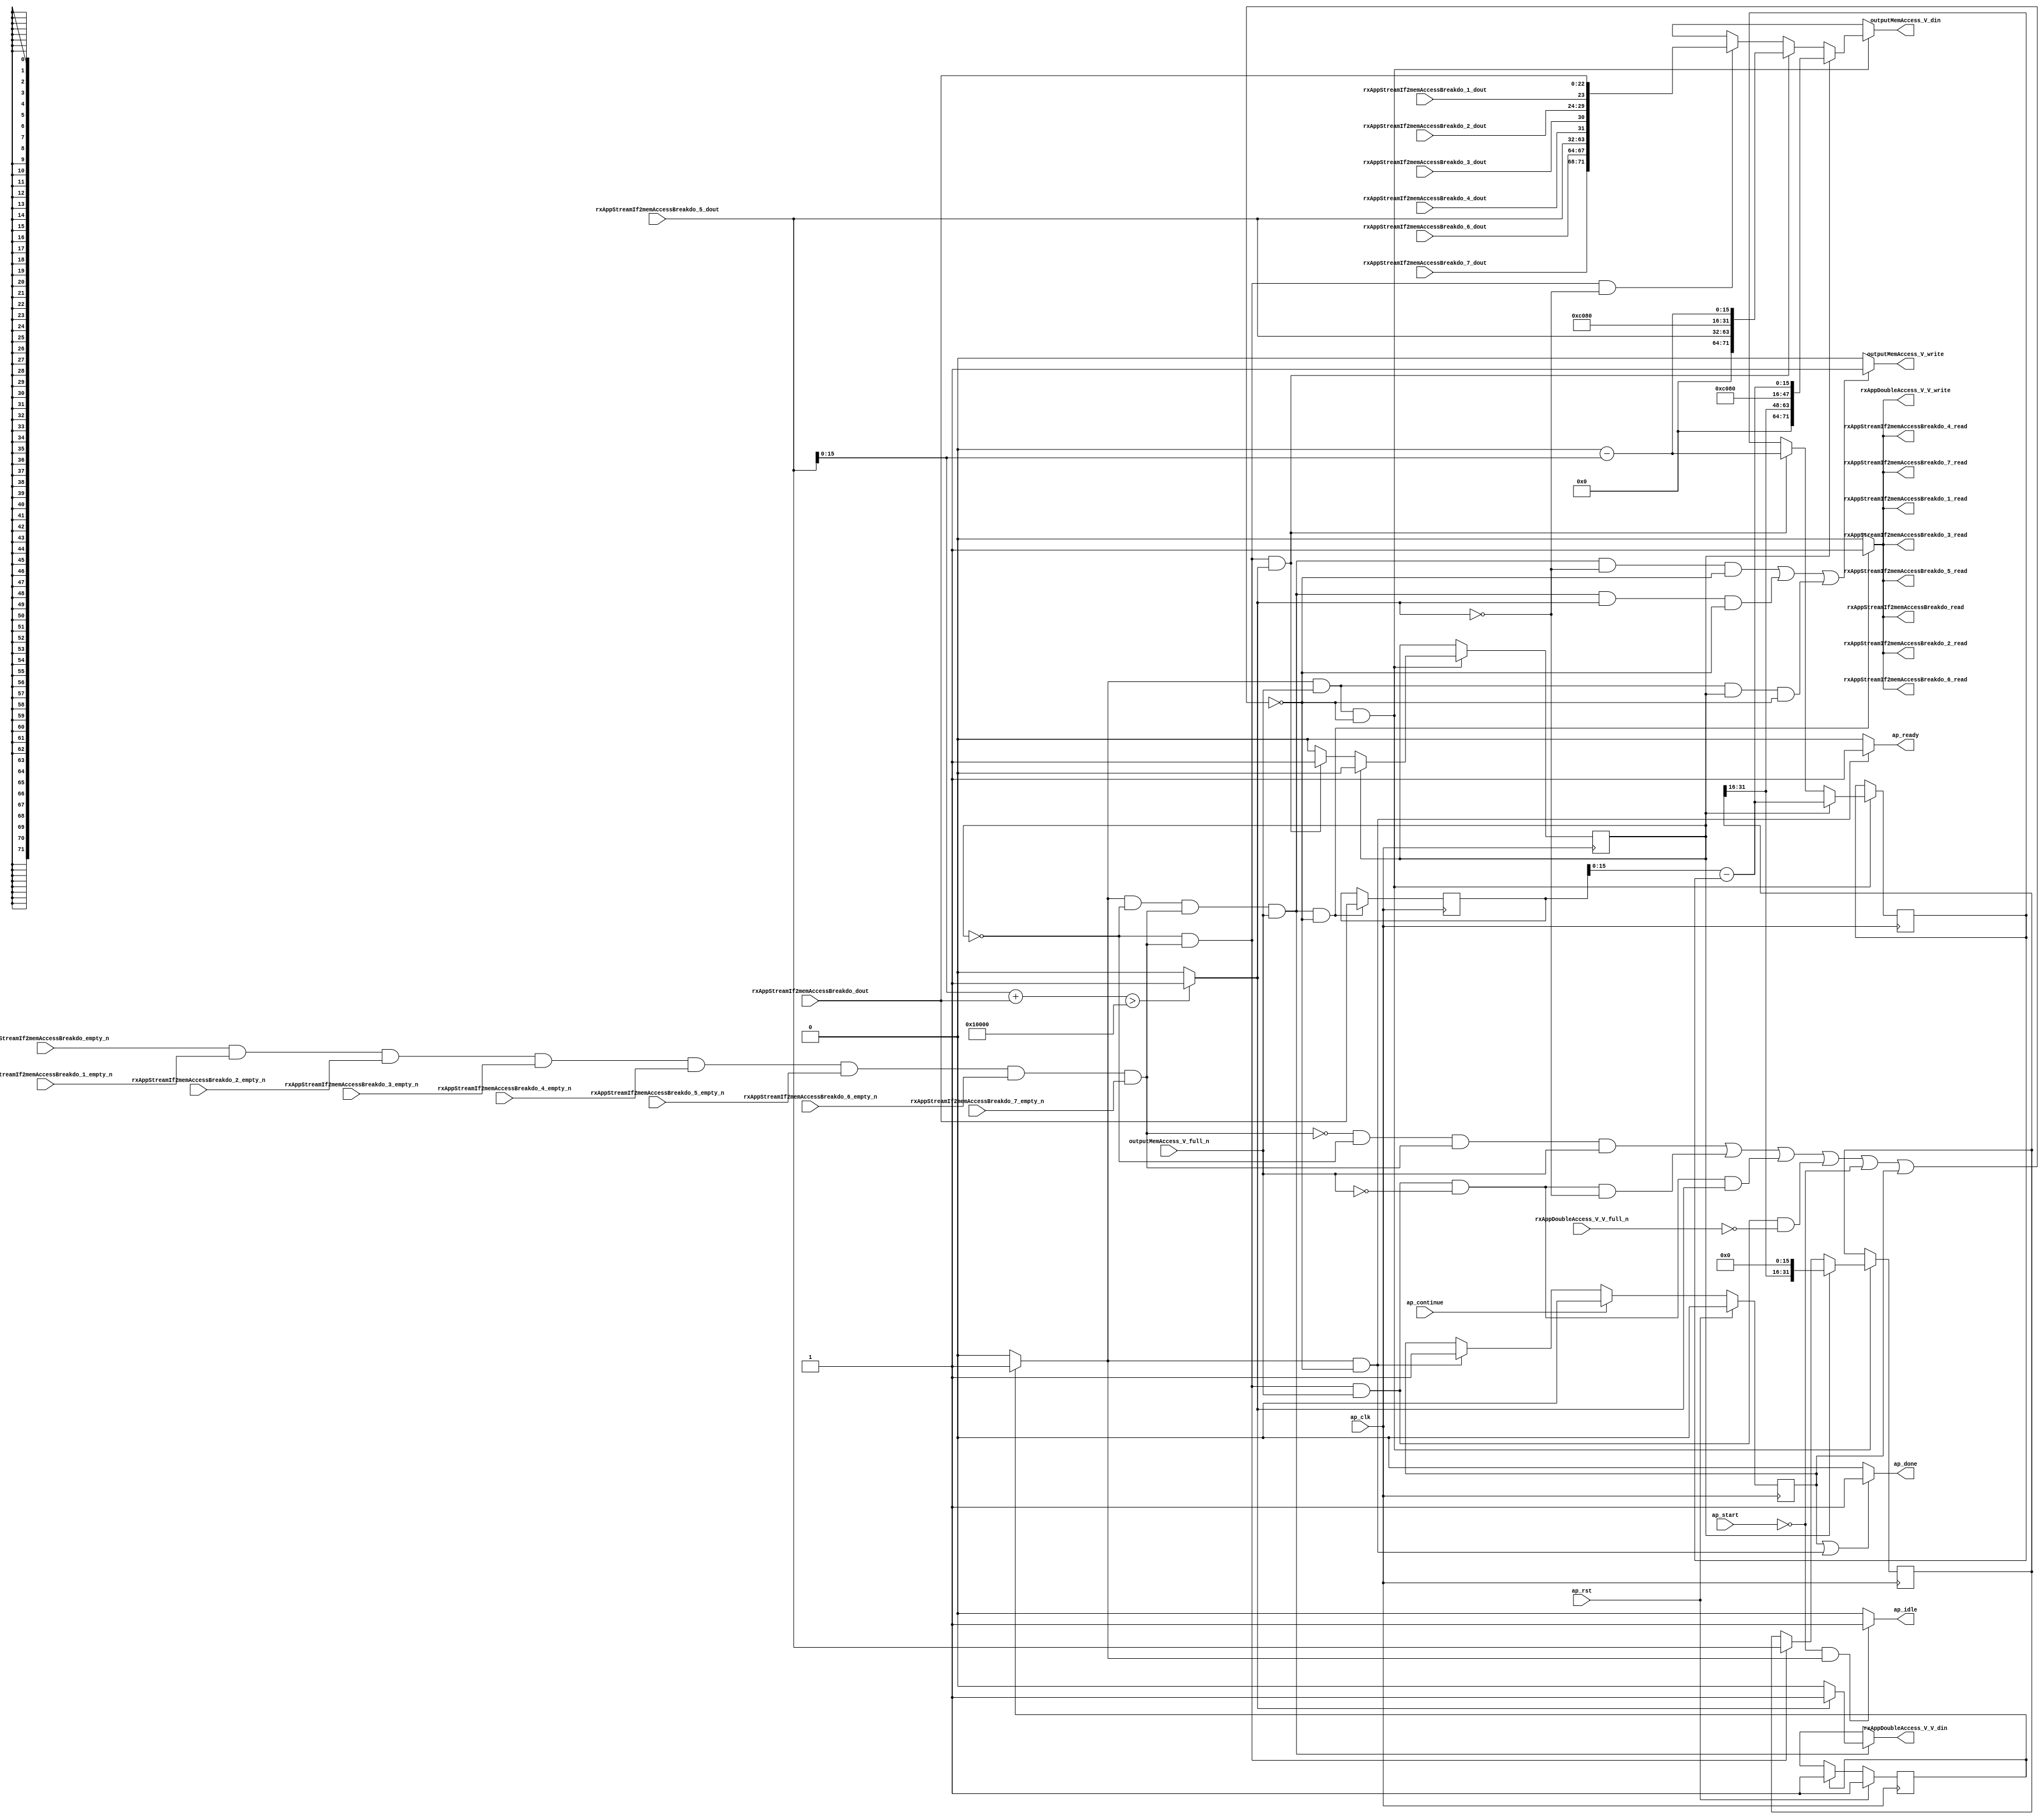
// ==============================================================
// RTL generated by Vivado(TM) HLS - High-Level Synthesis from C, C++ and SystemC
// Version: 2015.1
// Copyright (C) 2015 Xilinx Inc. All rights reserved.
// 
// ===========================================================

`timescale 1 ns / 1 ps 

module toe_rxAppMemAccessBreakdown (
        ap_clk,
        ap_rst,
        ap_start,
        ap_done,
        ap_continue,
        ap_idle,
        ap_ready,
        outputMemAccess_V_din,
        outputMemAccess_V_full_n,
        outputMemAccess_V_write,
        rxAppStreamIf2memAccessBreakdo_dout,
        rxAppStreamIf2memAccessBreakdo_empty_n,
        rxAppStreamIf2memAccessBreakdo_read,
        rxAppStreamIf2memAccessBreakdo_1_dout,
        rxAppStreamIf2memAccessBreakdo_1_empty_n,
        rxAppStreamIf2memAccessBreakdo_1_read,
        rxAppStreamIf2memAccessBreakdo_2_dout,
        rxAppStreamIf2memAccessBreakdo_2_empty_n,
        rxAppStreamIf2memAccessBreakdo_2_read,
        rxAppStreamIf2memAccessBreakdo_3_dout,
        rxAppStreamIf2memAccessBreakdo_3_empty_n,
        rxAppStreamIf2memAccessBreakdo_3_read,
        rxAppStreamIf2memAccessBreakdo_4_dout,
        rxAppStreamIf2memAccessBreakdo_4_empty_n,
        rxAppStreamIf2memAccessBreakdo_4_read,
        rxAppStreamIf2memAccessBreakdo_5_dout,
        rxAppStreamIf2memAccessBreakdo_5_empty_n,
        rxAppStreamIf2memAccessBreakdo_5_read,
        rxAppStreamIf2memAccessBreakdo_6_dout,
        rxAppStreamIf2memAccessBreakdo_6_empty_n,
        rxAppStreamIf2memAccessBreakdo_6_read,
        rxAppStreamIf2memAccessBreakdo_7_dout,
        rxAppStreamIf2memAccessBreakdo_7_empty_n,
        rxAppStreamIf2memAccessBreakdo_7_read,
        rxAppDoubleAccess_V_V_din,
        rxAppDoubleAccess_V_V_full_n,
        rxAppDoubleAccess_V_V_write
);

parameter    ap_const_logic_1 = 1'b1;
parameter    ap_const_logic_0 = 1'b0;
parameter    ap_ST_st1_fsm_0 = 1'b1;
parameter    ap_const_lv32_0 = 32'b00000000000000000000000000000000;
parameter    ap_const_lv1_1 = 1'b1;
parameter    ap_const_lv1_0 = 1'b0;
parameter    ap_const_lv16_0 = 16'b0000000000000000;
parameter    ap_const_lv24_10000 = 24'b10000000000000000;
parameter    ap_const_lv8_0 = 8'b00000000;
parameter    ap_const_lv9_181 = 9'b110000001;
parameter    ap_const_lv32_F = 32'b1111;
parameter    ap_true = 1'b1;

input   ap_clk;
input   ap_rst;
input   ap_start;
output   ap_done;
input   ap_continue;
output   ap_idle;
output   ap_ready;
output  [71:0] outputMemAccess_V_din;
input   outputMemAccess_V_full_n;
output   outputMemAccess_V_write;
input  [22:0] rxAppStreamIf2memAccessBreakdo_dout;
input   rxAppStreamIf2memAccessBreakdo_empty_n;
output   rxAppStreamIf2memAccessBreakdo_read;
input  [0:0] rxAppStreamIf2memAccessBreakdo_1_dout;
input   rxAppStreamIf2memAccessBreakdo_1_empty_n;
output   rxAppStreamIf2memAccessBreakdo_1_read;
input  [5:0] rxAppStreamIf2memAccessBreakdo_2_dout;
input   rxAppStreamIf2memAccessBreakdo_2_empty_n;
output   rxAppStreamIf2memAccessBreakdo_2_read;
input  [0:0] rxAppStreamIf2memAccessBreakdo_3_dout;
input   rxAppStreamIf2memAccessBreakdo_3_empty_n;
output   rxAppStreamIf2memAccessBreakdo_3_read;
input  [0:0] rxAppStreamIf2memAccessBreakdo_4_dout;
input   rxAppStreamIf2memAccessBreakdo_4_empty_n;
output   rxAppStreamIf2memAccessBreakdo_4_read;
input  [31:0] rxAppStreamIf2memAccessBreakdo_5_dout;
input   rxAppStreamIf2memAccessBreakdo_5_empty_n;
output   rxAppStreamIf2memAccessBreakdo_5_read;
input  [3:0] rxAppStreamIf2memAccessBreakdo_6_dout;
input   rxAppStreamIf2memAccessBreakdo_6_empty_n;
output   rxAppStreamIf2memAccessBreakdo_6_read;
input  [3:0] rxAppStreamIf2memAccessBreakdo_7_dout;
input   rxAppStreamIf2memAccessBreakdo_7_empty_n;
output   rxAppStreamIf2memAccessBreakdo_7_read;
output  [0:0] rxAppDoubleAccess_V_V_din;
input   rxAppDoubleAccess_V_V_full_n;
output   rxAppDoubleAccess_V_V_write;

reg ap_done;
reg ap_idle;
reg ap_ready;
reg[71:0] outputMemAccess_V_din;
reg outputMemAccess_V_write;
reg rxAppDoubleAccess_V_V_write;
reg    ap_done_reg = 1'b0;
(* fsm_encoding = "none" *) reg   [0:0] ap_CS_fsm = 1'b1;
reg    ap_sig_cseq_ST_st1_fsm_0;
reg    ap_sig_bdd_20;
reg   [0:0] rxAppBreakdown = 1'b0;
reg   [22:0] rxAppTempCmd_bbt_V = 23'b00000000000000000000000;
reg   [31:0] rxAppTempCmd_saddr_V = 32'b00000000000000000000000000000000;
reg   [15:0] rxAppAccLength_V = 16'b0000000000000000;
reg   [0:0] tmp_V_phi_fu_213_p4;
wire    rxAppStreamIf2memAccessBreakdo0_status;
wire   [0:0] tmp_3_nbreadreq_fu_146_p10;
wire   [0:0] grp_nbwritereq_fu_168_p3;
wire   [0:0] tmp_5_fu_289_p2;
reg    ap_sig_bdd_110;
reg    rxAppStreamIf2memAccessBreakdo0_update;
wire   [71:0] tmp_122_fu_295_p9;
wire   [71:0] tmp1_fu_332_p5;
wire   [71:0] tmp_240_fu_401_p5;
wire   [31:0] p_Result_s_fu_355_p5;
wire   [15:0] tmp_7_fu_316_p2;
wire   [15:0] tmp_1_fu_385_p2;
wire   [15:0] tmp_784_fu_271_p1;
wire   [23:0] lhs_V_cast_fu_275_p1;
wire   [23:0] rhs_V_cast_fu_279_p1;
wire   [23:0] r_V_fu_283_p2;
wire   [22:0] tmp_bbt_V_4_fu_328_p1;
wire   [15:0] tmp_783_fu_377_p1;
wire   [22:0] tmp_bbt_V_fu_397_p1;
reg   [0:0] ap_NS_fsm;
reg    ap_sig_bdd_310;
reg    ap_sig_bdd_312;
reg    ap_sig_bdd_309;
reg    ap_sig_bdd_84;
reg    ap_sig_bdd_318;




/// the current state (ap_CS_fsm) of the state machine. ///
always @ (posedge ap_clk)
begin : ap_ret_ap_CS_fsm
    if (ap_rst == 1'b1) begin
        ap_CS_fsm <= ap_ST_st1_fsm_0;
    end else begin
        ap_CS_fsm <= ap_NS_fsm;
    end
end

/// ap_done_reg assign process. ///
always @ (posedge ap_clk)
begin : ap_ret_ap_done_reg
    if (ap_rst == 1'b1) begin
        ap_done_reg <= ap_const_logic_0;
    end else begin
        if ((ap_const_logic_1 == ap_continue)) begin
            ap_done_reg <= ap_const_logic_0;
        end else if (((ap_const_logic_1 == ap_sig_cseq_ST_st1_fsm_0) & ~ap_sig_bdd_110)) begin
            ap_done_reg <= ap_const_logic_1;
        end
    end
end

/// assign process. ///
always @(posedge ap_clk)
begin
    if (ap_sig_bdd_309) begin
        if (~(ap_const_lv1_0 == rxAppBreakdown)) begin
            rxAppAccLength_V <= tmp_1_fu_385_p2;
        end else if (ap_sig_bdd_312) begin
            rxAppAccLength_V <= tmp_7_fu_316_p2;
        end
    end
end

/// assign process. ///
always @(posedge ap_clk)
begin
    if (ap_sig_bdd_309) begin
        if (~(ap_const_lv1_0 == rxAppBreakdown)) begin
            rxAppBreakdown <= ap_const_lv1_0;
        end else if (ap_sig_bdd_312) begin
            rxAppBreakdown <= ap_const_lv1_1;
        end
    end
end

/// assign process. ///
always @(posedge ap_clk)
begin
    if (ap_sig_bdd_309) begin
        if (~(ap_const_lv1_0 == rxAppBreakdown)) begin
            rxAppTempCmd_saddr_V <= p_Result_s_fu_355_p5;
        end else if (ap_sig_bdd_84) begin
            rxAppTempCmd_saddr_V <= rxAppStreamIf2memAccessBreakdo_5_dout;
        end
    end
end

/// assign process. ///
always @(posedge ap_clk)
begin
    if (((ap_const_logic_1 == ap_sig_cseq_ST_st1_fsm_0) & (ap_const_lv1_0 == rxAppBreakdown) & ~(ap_const_lv1_0 == tmp_3_nbreadreq_fu_146_p10) & ~(ap_const_lv1_0 == grp_nbwritereq_fu_168_p3) & ~ap_sig_bdd_110)) begin
        rxAppTempCmd_bbt_V <= rxAppStreamIf2memAccessBreakdo_dout;
    end
end

/// ap_done assign process. ///
always @ (ap_done_reg or ap_sig_cseq_ST_st1_fsm_0 or ap_sig_bdd_110)
begin
    if (((ap_const_logic_1 == ap_done_reg) | ((ap_const_logic_1 == ap_sig_cseq_ST_st1_fsm_0) & ~ap_sig_bdd_110))) begin
        ap_done = ap_const_logic_1;
    end else begin
        ap_done = ap_const_logic_0;
    end
end

/// ap_idle assign process. ///
always @ (ap_start or ap_sig_cseq_ST_st1_fsm_0)
begin
    if ((~(ap_const_logic_1 == ap_start) & (ap_const_logic_1 == ap_sig_cseq_ST_st1_fsm_0))) begin
        ap_idle = ap_const_logic_1;
    end else begin
        ap_idle = ap_const_logic_0;
    end
end

/// ap_ready assign process. ///
always @ (ap_sig_cseq_ST_st1_fsm_0 or ap_sig_bdd_110)
begin
    if (((ap_const_logic_1 == ap_sig_cseq_ST_st1_fsm_0) & ~ap_sig_bdd_110)) begin
        ap_ready = ap_const_logic_1;
    end else begin
        ap_ready = ap_const_logic_0;
    end
end

/// ap_sig_cseq_ST_st1_fsm_0 assign process. ///
always @ (ap_sig_bdd_20)
begin
    if (ap_sig_bdd_20) begin
        ap_sig_cseq_ST_st1_fsm_0 = ap_const_logic_1;
    end else begin
        ap_sig_cseq_ST_st1_fsm_0 = ap_const_logic_0;
    end
end

/// outputMemAccess_V_din assign process. ///
always @ (rxAppBreakdown or tmp_122_fu_295_p9 or tmp1_fu_332_p5 or tmp_240_fu_401_p5 or ap_sig_bdd_310 or ap_sig_bdd_312 or ap_sig_bdd_309)
begin
    if (ap_sig_bdd_309) begin
        if (~(ap_const_lv1_0 == rxAppBreakdown)) begin
            outputMemAccess_V_din = tmp_240_fu_401_p5;
        end else if (ap_sig_bdd_312) begin
            outputMemAccess_V_din = tmp1_fu_332_p5;
        end else if (ap_sig_bdd_310) begin
            outputMemAccess_V_din = tmp_122_fu_295_p9;
        end else begin
            outputMemAccess_V_din = 'bx;
        end
    end else begin
        outputMemAccess_V_din = 'bx;
    end
end

/// outputMemAccess_V_write assign process. ///
always @ (ap_sig_cseq_ST_st1_fsm_0 or rxAppBreakdown or tmp_3_nbreadreq_fu_146_p10 or grp_nbwritereq_fu_168_p3 or tmp_5_fu_289_p2 or ap_sig_bdd_110)
begin
    if ((((ap_const_logic_1 == ap_sig_cseq_ST_st1_fsm_0) & (ap_const_lv1_0 == rxAppBreakdown) & ~(ap_const_lv1_0 == tmp_3_nbreadreq_fu_146_p10) & ~(ap_const_lv1_0 == grp_nbwritereq_fu_168_p3) & (ap_const_lv1_0 == tmp_5_fu_289_p2) & ~ap_sig_bdd_110) | ((ap_const_logic_1 == ap_sig_cseq_ST_st1_fsm_0) & (ap_const_lv1_0 == rxAppBreakdown) & ~(ap_const_lv1_0 == tmp_3_nbreadreq_fu_146_p10) & ~(ap_const_lv1_0 == grp_nbwritereq_fu_168_p3) & ~(ap_const_lv1_0 == tmp_5_fu_289_p2) & ~ap_sig_bdd_110) | ((ap_const_logic_1 == ap_sig_cseq_ST_st1_fsm_0) & ~(ap_const_lv1_0 == grp_nbwritereq_fu_168_p3) & ~(ap_const_lv1_0 == rxAppBreakdown) & ~ap_sig_bdd_110))) begin
        outputMemAccess_V_write = ap_const_logic_1;
    end else begin
        outputMemAccess_V_write = ap_const_logic_0;
    end
end

/// rxAppDoubleAccess_V_V_write assign process. ///
always @ (ap_sig_cseq_ST_st1_fsm_0 or rxAppBreakdown or tmp_3_nbreadreq_fu_146_p10 or grp_nbwritereq_fu_168_p3 or ap_sig_bdd_110)
begin
    if (((ap_const_logic_1 == ap_sig_cseq_ST_st1_fsm_0) & (ap_const_lv1_0 == rxAppBreakdown) & ~(ap_const_lv1_0 == tmp_3_nbreadreq_fu_146_p10) & ~(ap_const_lv1_0 == grp_nbwritereq_fu_168_p3) & ~ap_sig_bdd_110)) begin
        rxAppDoubleAccess_V_V_write = ap_const_logic_1;
    end else begin
        rxAppDoubleAccess_V_V_write = ap_const_logic_0;
    end
end

/// rxAppStreamIf2memAccessBreakdo0_update assign process. ///
always @ (ap_sig_cseq_ST_st1_fsm_0 or rxAppBreakdown or tmp_3_nbreadreq_fu_146_p10 or grp_nbwritereq_fu_168_p3 or ap_sig_bdd_110)
begin
    if (((ap_const_logic_1 == ap_sig_cseq_ST_st1_fsm_0) & (ap_const_lv1_0 == rxAppBreakdown) & ~(ap_const_lv1_0 == tmp_3_nbreadreq_fu_146_p10) & ~(ap_const_lv1_0 == grp_nbwritereq_fu_168_p3) & ~ap_sig_bdd_110)) begin
        rxAppStreamIf2memAccessBreakdo0_update = ap_const_logic_1;
    end else begin
        rxAppStreamIf2memAccessBreakdo0_update = ap_const_logic_0;
    end
end

/// tmp_V_phi_fu_213_p4 assign process. ///
always @ (tmp_5_fu_289_p2 or ap_sig_bdd_318)
begin
    if (ap_sig_bdd_318) begin
        if (~(ap_const_lv1_0 == tmp_5_fu_289_p2)) begin
            tmp_V_phi_fu_213_p4 = ap_const_lv1_1;
        end else if ((ap_const_lv1_0 == tmp_5_fu_289_p2)) begin
            tmp_V_phi_fu_213_p4 = ap_const_lv1_0;
        end else begin
            tmp_V_phi_fu_213_p4 = 'bx;
        end
    end else begin
        tmp_V_phi_fu_213_p4 = 'bx;
    end
end
/// the next state (ap_NS_fsm) of the state machine. ///
always @ (ap_CS_fsm or ap_sig_bdd_110)
begin
    case (ap_CS_fsm)
        ap_ST_st1_fsm_0 : 
        begin
            ap_NS_fsm = ap_ST_st1_fsm_0;
        end
        default : 
        begin
            ap_NS_fsm = 'bx;
        end
    endcase
end


/// ap_sig_bdd_110 assign process. ///
always @ (ap_start or ap_done_reg or outputMemAccess_V_full_n or rxAppBreakdown or rxAppDoubleAccess_V_V_full_n or rxAppStreamIf2memAccessBreakdo0_status or tmp_3_nbreadreq_fu_146_p10 or grp_nbwritereq_fu_168_p3 or tmp_5_fu_289_p2)
begin
    ap_sig_bdd_110 = (((rxAppStreamIf2memAccessBreakdo0_status == ap_const_logic_0) & (ap_const_lv1_0 == rxAppBreakdown) & ~(ap_const_lv1_0 == tmp_3_nbreadreq_fu_146_p10) & ~(ap_const_lv1_0 == grp_nbwritereq_fu_168_p3)) | ((ap_const_lv1_0 == rxAppBreakdown) & ~(ap_const_lv1_0 == tmp_3_nbreadreq_fu_146_p10) & ~(ap_const_lv1_0 == grp_nbwritereq_fu_168_p3) & (outputMemAccess_V_full_n == ap_const_logic_0) & (ap_const_lv1_0 == tmp_5_fu_289_p2)) | ((ap_const_lv1_0 == rxAppBreakdown) & ~(ap_const_lv1_0 == tmp_3_nbreadreq_fu_146_p10) & ~(ap_const_lv1_0 == grp_nbwritereq_fu_168_p3) & (outputMemAccess_V_full_n == ap_const_logic_0) & ~(ap_const_lv1_0 == tmp_5_fu_289_p2)) | ((ap_const_lv1_0 == rxAppBreakdown) & ~(ap_const_lv1_0 == tmp_3_nbreadreq_fu_146_p10) & ~(ap_const_lv1_0 == grp_nbwritereq_fu_168_p3) & (rxAppDoubleAccess_V_V_full_n == ap_const_logic_0)) | (~(ap_const_lv1_0 == grp_nbwritereq_fu_168_p3) & (outputMemAccess_V_full_n == ap_const_logic_0) & ~(ap_const_lv1_0 == rxAppBreakdown)) | (ap_start == ap_const_logic_0) | (ap_done_reg == ap_const_logic_1));
end

/// ap_sig_bdd_20 assign process. ///
always @ (ap_CS_fsm)
begin
    ap_sig_bdd_20 = (ap_CS_fsm[ap_const_lv32_0] == ap_const_lv1_1);
end

/// ap_sig_bdd_309 assign process. ///
always @ (ap_sig_cseq_ST_st1_fsm_0 or grp_nbwritereq_fu_168_p3 or ap_sig_bdd_110)
begin
    ap_sig_bdd_309 = ((ap_const_logic_1 == ap_sig_cseq_ST_st1_fsm_0) & ~(ap_const_lv1_0 == grp_nbwritereq_fu_168_p3) & ~ap_sig_bdd_110);
end

/// ap_sig_bdd_310 assign process. ///
always @ (rxAppBreakdown or tmp_3_nbreadreq_fu_146_p10 or tmp_5_fu_289_p2)
begin
    ap_sig_bdd_310 = ((ap_const_lv1_0 == rxAppBreakdown) & ~(ap_const_lv1_0 == tmp_3_nbreadreq_fu_146_p10) & (ap_const_lv1_0 == tmp_5_fu_289_p2));
end

/// ap_sig_bdd_312 assign process. ///
always @ (rxAppBreakdown or tmp_3_nbreadreq_fu_146_p10 or tmp_5_fu_289_p2)
begin
    ap_sig_bdd_312 = ((ap_const_lv1_0 == rxAppBreakdown) & ~(ap_const_lv1_0 == tmp_3_nbreadreq_fu_146_p10) & ~(ap_const_lv1_0 == tmp_5_fu_289_p2));
end

/// ap_sig_bdd_318 assign process. ///
always @ (ap_sig_cseq_ST_st1_fsm_0 or rxAppBreakdown or tmp_3_nbreadreq_fu_146_p10 or grp_nbwritereq_fu_168_p3)
begin
    ap_sig_bdd_318 = ((ap_const_logic_1 == ap_sig_cseq_ST_st1_fsm_0) & (ap_const_lv1_0 == rxAppBreakdown) & ~(ap_const_lv1_0 == tmp_3_nbreadreq_fu_146_p10) & ~(ap_const_lv1_0 == grp_nbwritereq_fu_168_p3));
end

/// ap_sig_bdd_84 assign process. ///
always @ (rxAppBreakdown or tmp_3_nbreadreq_fu_146_p10)
begin
    ap_sig_bdd_84 = ((ap_const_lv1_0 == rxAppBreakdown) & ~(ap_const_lv1_0 == tmp_3_nbreadreq_fu_146_p10));
end
assign grp_nbwritereq_fu_168_p3 = outputMemAccess_V_full_n;
assign lhs_V_cast_fu_275_p1 = tmp_784_fu_271_p1;
assign p_Result_s_fu_355_p5 = {{rxAppTempCmd_saddr_V[32'd31 : 32'd16]}, {ap_const_lv16_0}};
assign r_V_fu_283_p2 = (lhs_V_cast_fu_275_p1 + rhs_V_cast_fu_279_p1);
assign rhs_V_cast_fu_279_p1 = rxAppStreamIf2memAccessBreakdo_dout;
assign rxAppDoubleAccess_V_V_din = tmp_V_phi_fu_213_p4;
assign rxAppStreamIf2memAccessBreakdo0_status = (rxAppStreamIf2memAccessBreakdo_empty_n & rxAppStreamIf2memAccessBreakdo_1_empty_n & rxAppStreamIf2memAccessBreakdo_2_empty_n & rxAppStreamIf2memAccessBreakdo_3_empty_n & rxAppStreamIf2memAccessBreakdo_4_empty_n & rxAppStreamIf2memAccessBreakdo_5_empty_n & rxAppStreamIf2memAccessBreakdo_6_empty_n & rxAppStreamIf2memAccessBreakdo_7_empty_n);
assign rxAppStreamIf2memAccessBreakdo_1_read = rxAppStreamIf2memAccessBreakdo0_update;
assign rxAppStreamIf2memAccessBreakdo_2_read = rxAppStreamIf2memAccessBreakdo0_update;
assign rxAppStreamIf2memAccessBreakdo_3_read = rxAppStreamIf2memAccessBreakdo0_update;
assign rxAppStreamIf2memAccessBreakdo_4_read = rxAppStreamIf2memAccessBreakdo0_update;
assign rxAppStreamIf2memAccessBreakdo_5_read = rxAppStreamIf2memAccessBreakdo0_update;
assign rxAppStreamIf2memAccessBreakdo_6_read = rxAppStreamIf2memAccessBreakdo0_update;
assign rxAppStreamIf2memAccessBreakdo_7_read = rxAppStreamIf2memAccessBreakdo0_update;
assign rxAppStreamIf2memAccessBreakdo_read = rxAppStreamIf2memAccessBreakdo0_update;
assign tmp1_fu_332_p5 = {{{{{{ap_const_lv8_0}, {rxAppStreamIf2memAccessBreakdo_5_dout}}}, {ap_const_lv9_181}}}, {tmp_bbt_V_4_fu_328_p1}};
assign tmp_122_fu_295_p9 = {{{{{{{{rxAppStreamIf2memAccessBreakdo_7_dout}, {rxAppStreamIf2memAccessBreakdo_6_dout}}, {rxAppStreamIf2memAccessBreakdo_5_dout}}, {rxAppStreamIf2memAccessBreakdo_4_dout}}, {rxAppStreamIf2memAccessBreakdo_3_dout}}, {rxAppStreamIf2memAccessBreakdo_2_dout}}, {rxAppStreamIf2memAccessBreakdo_1_dout}}, {rxAppStreamIf2memAccessBreakdo_dout}};
assign tmp_1_fu_385_p2 = (tmp_783_fu_377_p1 - rxAppAccLength_V);
assign tmp_240_fu_401_p5 = {{{{{{ap_const_lv8_0}, {p_Result_s_fu_355_p5}}}, {ap_const_lv9_181}}}, {tmp_bbt_V_fu_397_p1}};
assign tmp_3_nbreadreq_fu_146_p10 = (rxAppStreamIf2memAccessBreakdo_empty_n & rxAppStreamIf2memAccessBreakdo_1_empty_n & rxAppStreamIf2memAccessBreakdo_2_empty_n & rxAppStreamIf2memAccessBreakdo_3_empty_n & rxAppStreamIf2memAccessBreakdo_4_empty_n & rxAppStreamIf2memAccessBreakdo_5_empty_n & rxAppStreamIf2memAccessBreakdo_6_empty_n & rxAppStreamIf2memAccessBreakdo_7_empty_n);
assign tmp_5_fu_289_p2 = (r_V_fu_283_p2 > ap_const_lv24_10000? 1'b1: 1'b0);
assign tmp_783_fu_377_p1 = rxAppTempCmd_bbt_V[15:0];
assign tmp_784_fu_271_p1 = rxAppStreamIf2memAccessBreakdo_5_dout[15:0];
assign tmp_7_fu_316_p2 = (ap_const_lv16_0 - tmp_784_fu_271_p1);
assign tmp_bbt_V_4_fu_328_p1 = tmp_7_fu_316_p2;
assign tmp_bbt_V_fu_397_p1 = tmp_1_fu_385_p2;


endmodule //toe_rxAppMemAccessBreakdown